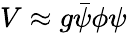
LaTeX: V\approx g{\bar{\psi}}\phi\psi